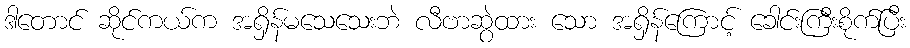
ဒါတောင် ဆိုင်ကယ်က အရှိန်မသေသေးဘဲ လီဗာဆွဲထား သော အရှိန်ကြောင့် ခေါင်းကြီးစိုက်ပြီး